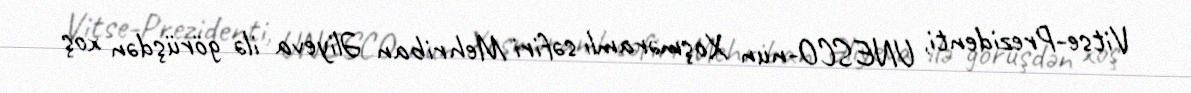
Vitse-Prezidenti, UNESCO-nun Xoşməramlı səfiri Mehriban Əliyeva ilə görüşdən xoş